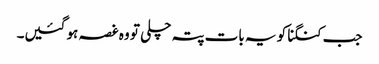
جب کنگنا کو یہ بات پتہ چلی تو وہ غصہ ہو گئیں۔